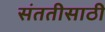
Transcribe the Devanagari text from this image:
संततीसाठी